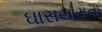
ઘાસચારાના